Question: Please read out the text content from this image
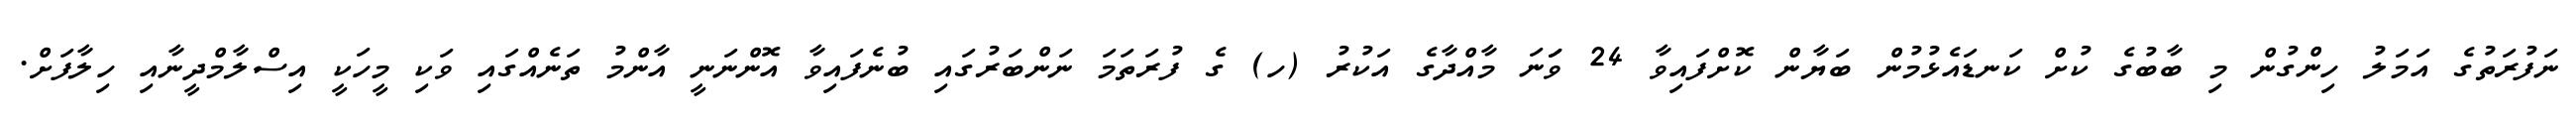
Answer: ނަފުރަތުގެ އަމަލު ހިންގުން މި ބާބުގެ ކުށް ކަނޑައެޅުމުން ބަޔާން ކޮށްފައިވާ 24 ވަަނަ މާއްދާގެ އަކުރު (ހ) ގެ ފުރަތަމަ ނަންބަރުގައި ބުނެފައިވާ އޮންނަނީ އާންމު ތަނެއްގައި ވަކި މީހަކީ އިސްލާމްދީނާއި ހިލާފަށް.